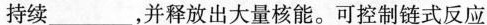
持续___，并释放出大量核能。可控制链式反应